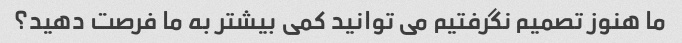
ما هنوز تصمیم نگرفتیم می توانید کمی بیشتر به ما فرصت دهید؟